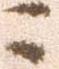
ニ